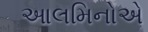
આલમિનોએ